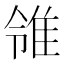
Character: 𨾠